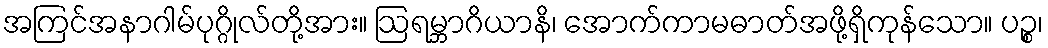
အကြင်အနာဂါမ်ပုဂ္ဂိုလ်တို့အား။ ဩရမ္ဘာဂိယာနိ၊ အောက်ကာမဓာတ်အဖို့ရှိကုန်သော။ ပဉ္စ၊